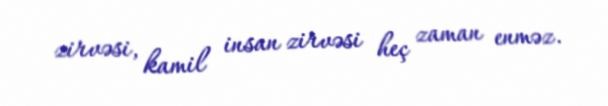
zirvəsi, kamil insan zirvəsi heç zaman enməz.